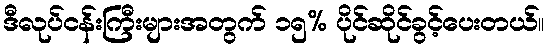
ဒီလုပ်ငန်းကြီးများအတွက် ၁၅% ပိုင်ဆိုင်ခွင့်ပေးတယ်။